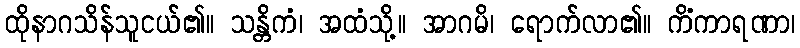
ထိုနာဂသိန်သူငယ်၏။ သန္တိကံ၊ အထံသို့။ အာဂမိ၊ ရောက်လာ၏။ ကိံကာရဏာ၊